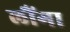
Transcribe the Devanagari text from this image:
लौंगा